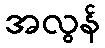
အလွန်